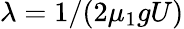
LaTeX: \lambda=1/(2\mu_{1}gU)